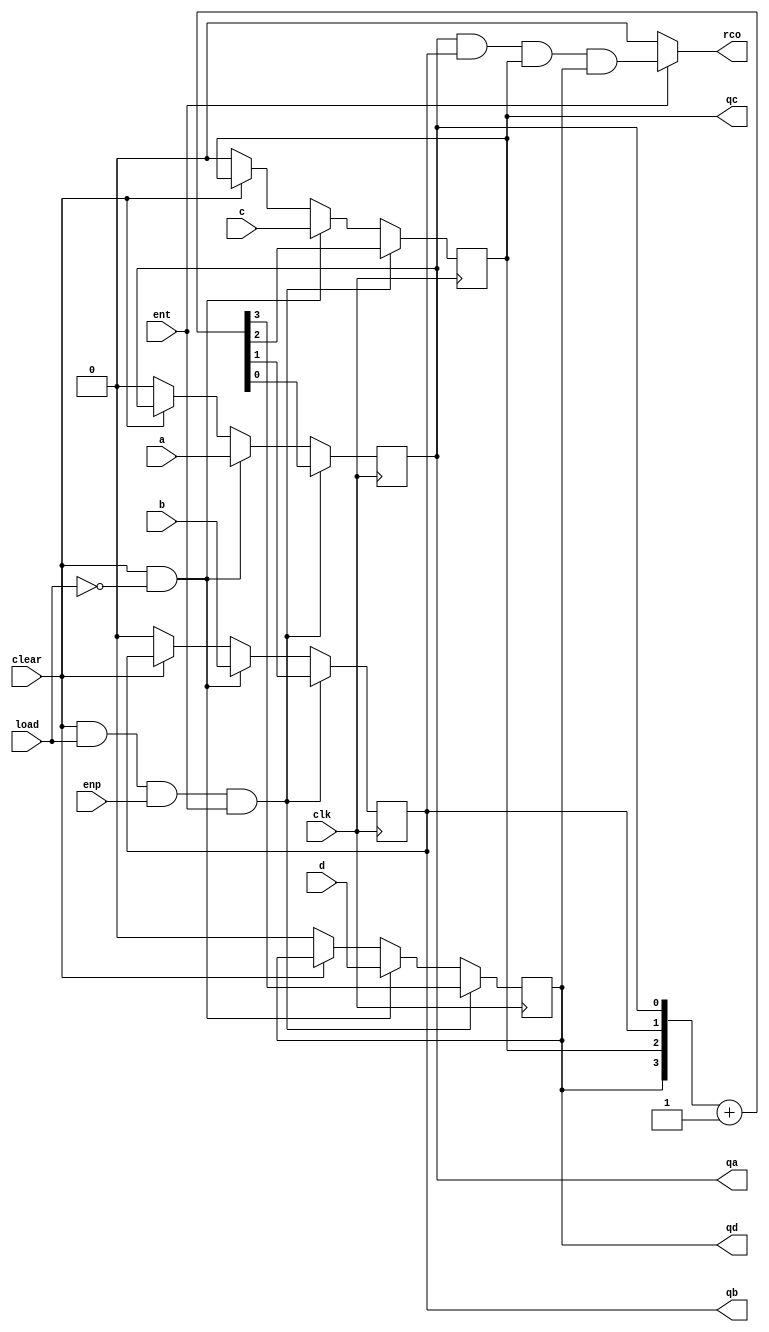
module ls163_lab2(
    input clk,
    input ent,
    input enp,
    input load,
    input clear,
    input a,
    input b,
    input c,
    input d,
    output qa,
    output qb,
    output qc,
    output qd,
    output rco
    );
   

always @(posedge clk) begin //count on the rising clock edge
  if (!clear) begin
    {qd, qc, qb, qa} <= 4'b0; //if clear, set count to 0
  end
  
  if (clear && !load) begin  //if load asserted low, set output to input
    {qd, qc, qb, qa} <= {d,c,b,a};
  end
  
  if (clear && load && enp && ent) begin  //if ent and enp, increment count
    {qd, qc, qb, qa} <= {qd, qc, qb, qa} + 1;
    
  end
      
end


assign rco = ent ? qa && qb && qc && qd : 0; //only set rco when ent asserted


endmodule